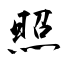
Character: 照